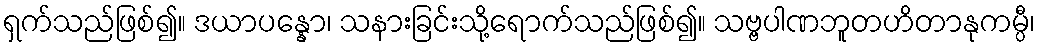
ရှက်သည်ဖြစ်၍။ ဒယာပန္နော၊ သနားခြင်းသို့ရောက်သည်ဖြစ်၍။ သဗ္ဗပါဏဘူတဟိတာနုကမ္ပီ၊